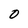
Character: O